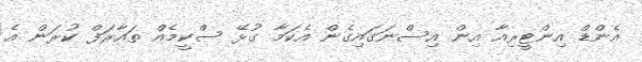
އެންޑް އިންޓީރިއާ އިން އިސްނަގައިގެން އެކަމާ ގުޅޭ ސްކީމެއް ތައާރަފް ކުރަން އެ